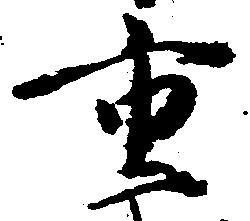
重